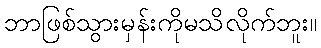
ဘာဖြစ်သွားမှန်းကိုမသိလိုက်ဘူး။